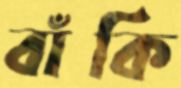
বাঁকি